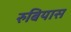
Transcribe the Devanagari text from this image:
रुबियास